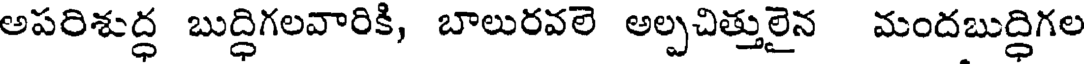
అపరిశుద్ధ బుద్ధిగలవారికి, బాలురవలె అల్పచిత్తులైన మందబుద్ధిగల